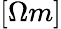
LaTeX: [\Omega m]